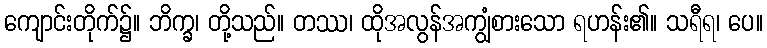
ကျောင်းတိုက်၌။ ဘိက္ခ၊ တို့သည်။ တဿ၊ ထိုအလွန်အကျွံစားသော ရဟန်း၏။ သရီရ၊ ပေ။